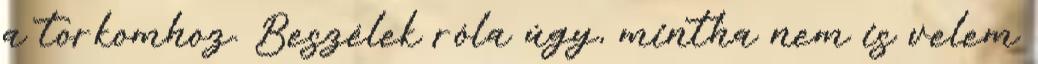
a torkomhoz. Beszélek róla úgy, mintha nem is velem